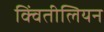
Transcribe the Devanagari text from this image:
क्विंतीलियन